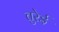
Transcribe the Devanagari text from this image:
तुरेई